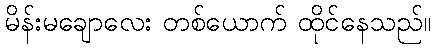
မိန်းမချောလေး တစ်ယောက် ထိုင်နေသည်။